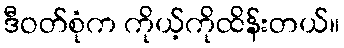
ဒီဝတ်စုံက ကိုယ့်ကိုထိန်းတယ်။